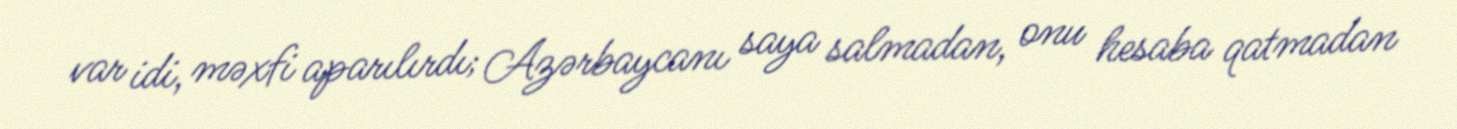
var idi, məxfi aparılırdı; Azərbaycanı saya salmadan, onu hesaba qatmadan